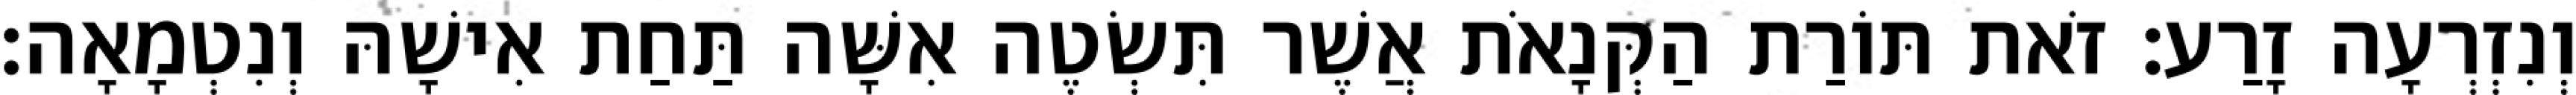
וְנִזְרְעָה זָרַע׃ זֹאת תּוֹרַת הַקְּנָאֹת אֲשֶׁר תִּשְׂטֶה אִשָּׁה תַּחַת אִישָׁהּ וְנִטְמָאָה׃